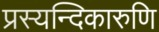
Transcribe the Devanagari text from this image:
प्रस्यन्दिकारुणि